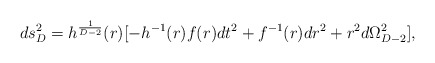
\begin{align*}ds^2_D=h^{1\over{D-2}}(r)[-h^{-1}(r)f(r)dt^2+f^{-1}(r)dr^2+r^2d\Omega^2_{D-2}],\end{align*}